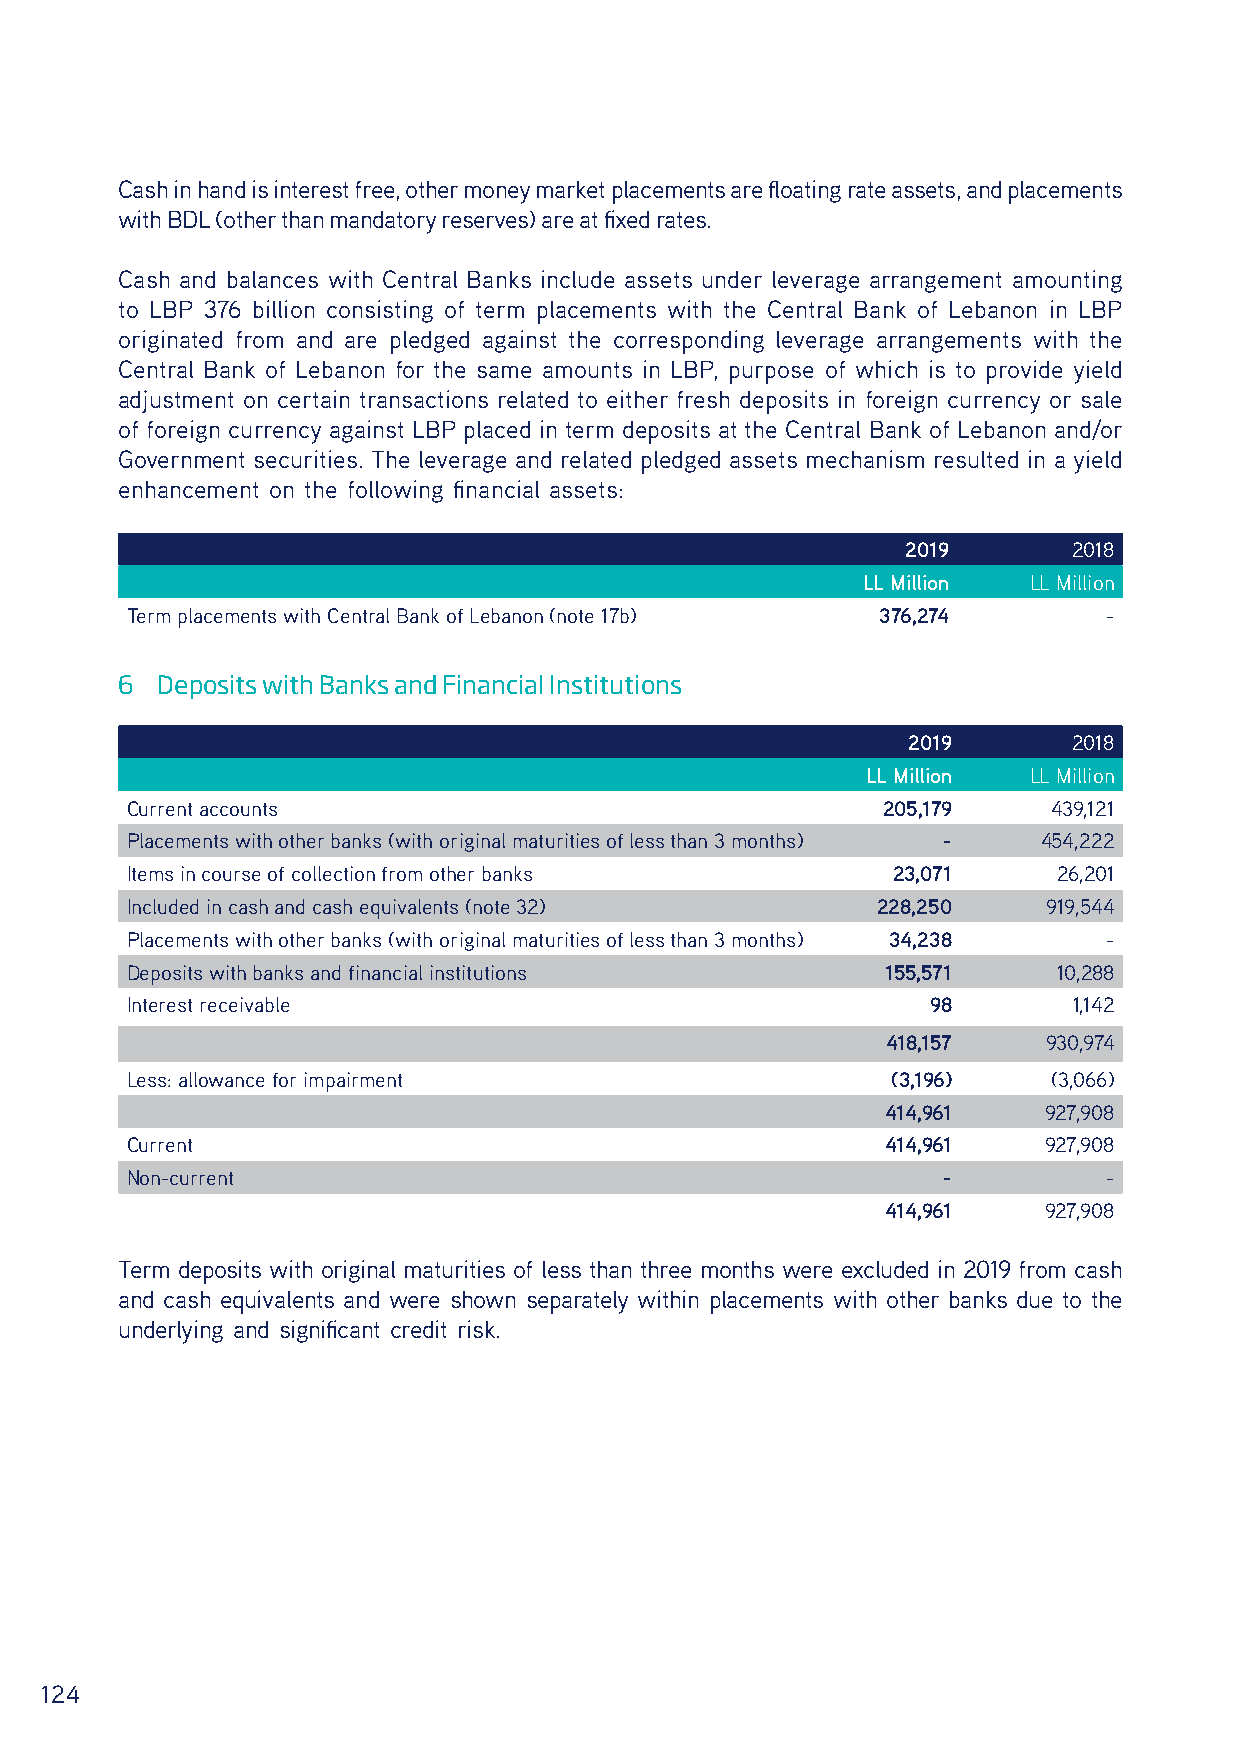
Cash in hand is interest free, other money market placements are floating rate assets, and placements
 with BDL (other than mandatory reserves) are at fixed rates.
 Cash and balances with Central Banks include assets under leverage arrangement amounting
 to LBP 376 billion consisting of term placements with the Central Bank of Lebanon in LBP
 originated from and are pledged against the corresponding leverage arrangements with the
 Central Bank of Lebanon for the same amounts in LBP, purpose of which is to provide yield
 adjustment on certain transactions related to either fresh deposits in foreign currency or sale
 of foreign currency against LBP placed in term deposits at the Central Bank of Lebanon and/or
 Government securities. The leverage and related pledged assets mechanism resulted in a yield
 enhancement on the following financial assets:
 2019       2018
 LL Million LL Million
 Term placements with Central Bank of Lebanon (note 17b) 376,274  -
 6 Deposits with Banks and Financial Institutions
 2019       2018
 LL Million LL Million
 Current accounts                                  205,179     439,121
 Placements with other banks (with original maturities of less than 3 months) - 454,222
 Items in course of collection from other banks     23,071     26,201
 Included in cash and cash equivalents (note 32)   228,250    919,544
 Placements with other banks (with original maturities of less than 3 months) 34,238 -
 Deposits with banks and financial institutions     155,571    10,288
 Interest receivable                                   98       1,142
 418,157   930,974
 Less: allowance for impairment                     (3,196)    (3,066)
 414,961   927,908
 Current                                            414,961   927,908
 Non-current                                           -          -
 414,961   927,908
 Term deposits with original maturities of less than three months were excluded in 2019 from cash
 and cash equivalents and were shown separately within placements with other banks due to the
 underlying and significant credit risk.
 124